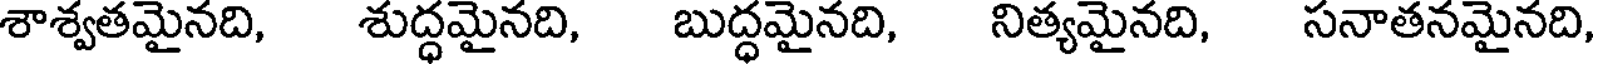
శాశ్వతమైనది, శుద్ధమైనది, బుద్ధమైనది, నిత్యమైనది, సనాతనమైనది,